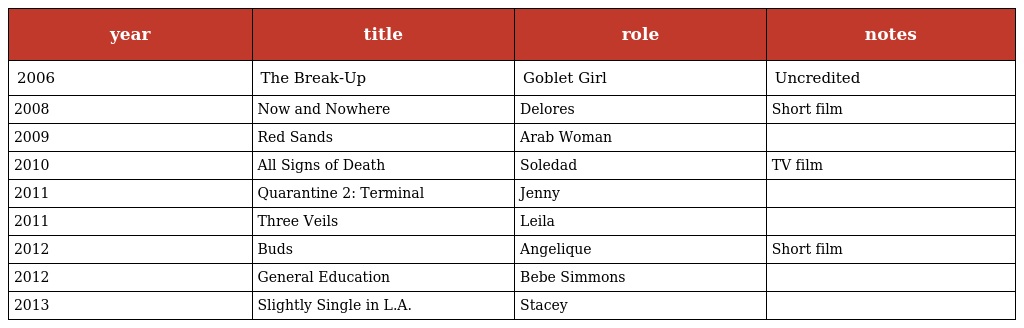
| year | title | role | notes |
 | --- | --- | --- | --- |
 | 2006 | The Break-Up | Goblet Girl | Uncredited |
 | 2008 | Now and Nowhere | Delores | Short film |
 | 2009 | Red Sands | Arab Woman |  |
 | 2010 | All Signs of Death | Soledad | TV film |
 | 2011 | Quarantine 2: Terminal | Jenny |  |
 | 2011 | Three Veils | Leila |  |
 | 2012 | Buds | Angelique | Short film |
 | 2012 | General Education | Bebe Simmons |  |
 | 2013 | Slightly Single in L.A. | Stacey |  |